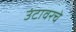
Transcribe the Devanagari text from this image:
उंटावरचे